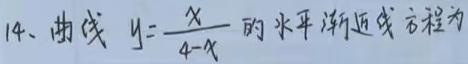
14、曲线 $y = \frac{x}{4 - x}$ 的水平渐近线方程为